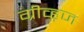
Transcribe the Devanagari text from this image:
ग्रीव्ह्‌ज